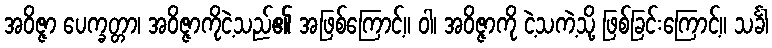
အဝိဇ္ဇာ ပေက္ခတ္တာ၊ အဝိဇ္ဇာကိုငဲ့သည်၏ အဖြစ်ကြောင့်။ ဝါ၊ အဝိဇ္ဇာကို ငဲ့သကဲ့သို့ ဖြစ်ခြင်းကြောင့်။ သင်္ခါ